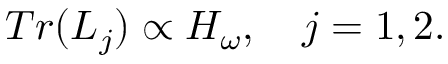
T r ( { \cal L } _ { j } ) \propto { \cal H } _ { \omega } , \quad j = 1 , 2 .